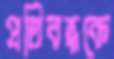
প্রতিবন্ধকে